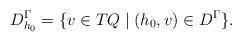
LaTeX: \begin{align*}D^{\Gamma}_{h_{0}} = \{v \in TQ \mid (h_{0}, v) \in D^{\Gamma} \}.\end{align*}